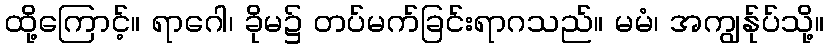
ထို့ကြောင့်။ ရာဂေါ၊ ခိုမ၌ တပ်မက်ခြင်းရာဂသည်။ မမံ၊ အကျွန်ုပ်သို့။